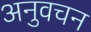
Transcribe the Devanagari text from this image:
अनुवचन